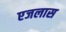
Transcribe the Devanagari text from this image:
एजलास